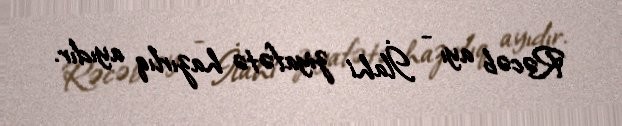
Rəcəb ayı - İlahi ziyafətə hazırlıq ayıdır.